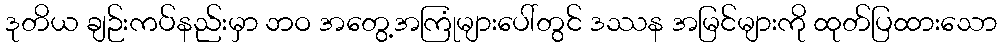
ဒုတိယ ချဉ်းကပ်နည်းမှာ ဘဝ အတွေ့အကြုံများပေါ်တွင် ဒဿန အမြင်များကို ထုတ်ပြထားသော